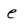
Character: e